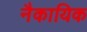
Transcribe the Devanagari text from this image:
नैकायिक